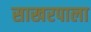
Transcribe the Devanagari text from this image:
साखरपाला